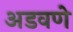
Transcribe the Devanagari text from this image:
अडवणे